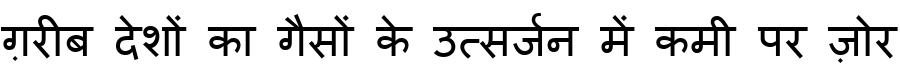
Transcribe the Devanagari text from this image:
ग़रीब देशों का गैसों के उत्सर्जन में कमी पर ज़ोर